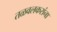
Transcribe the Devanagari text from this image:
तळवलकरांना